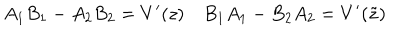
A _ { 1 } B _ { 1 } - A _ { 2 } B _ { 2 } = V ^ { \prime } ( z ) \quad B _ { 1 } A _ { 1 } - B _ { 2 } A _ { 2 } = V ^ { \prime } ( \tilde { z } )